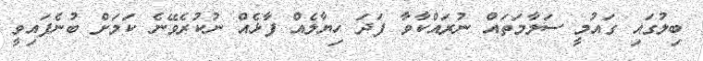
ބިލުގައި ގައުމީ ސަލާމަތައް ނުރައްކާވާ ފަދަ ހިޔާލެއް ފާޅެެއް ނުކުރެވޭނެ ކަމަށް ބުނެފައިވީ